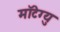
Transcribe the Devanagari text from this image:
मॉटेग्यु